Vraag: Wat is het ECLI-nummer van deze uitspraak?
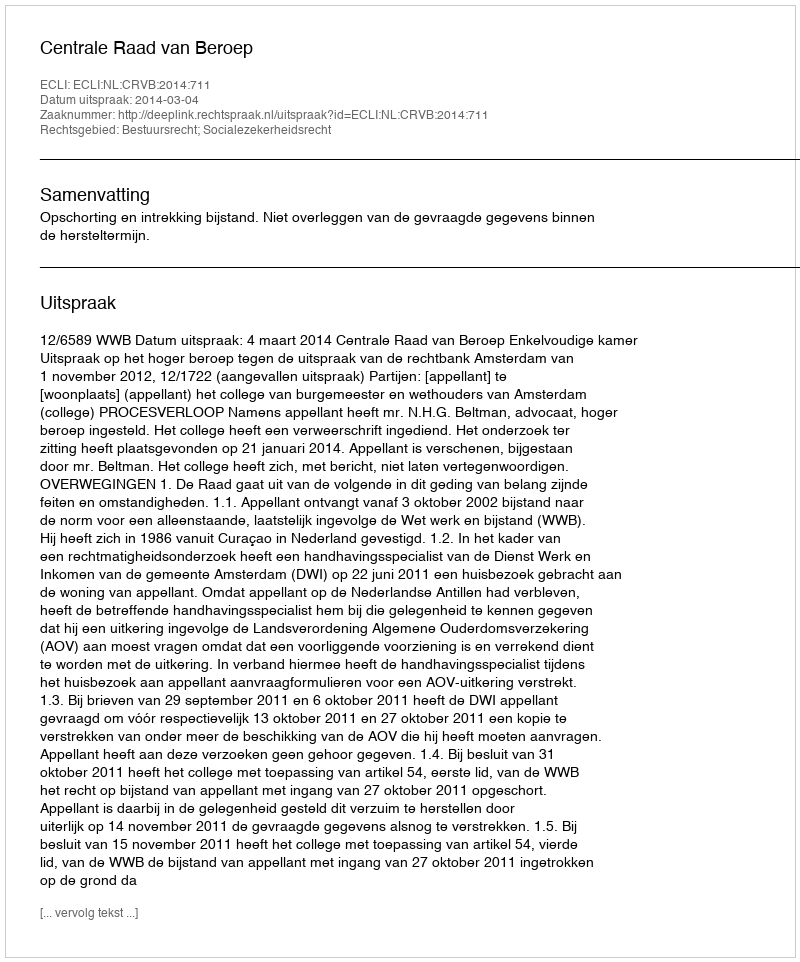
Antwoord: ECLI:NL:CRVB:2014:711